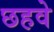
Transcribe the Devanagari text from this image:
छहवे